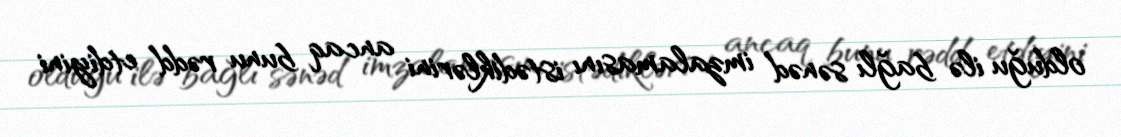
olduğu ilə bağlı sənəd imzalamasını istədiklərini ancaq bunu rədd etdiyini